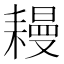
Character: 𦔔